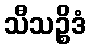
သီသဉ္စိဒံ